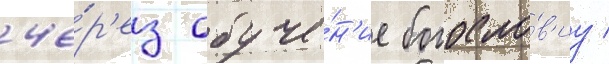
че́р'ез обуче́н'ие богосло́в'иу /